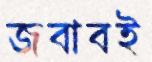
জবাবই